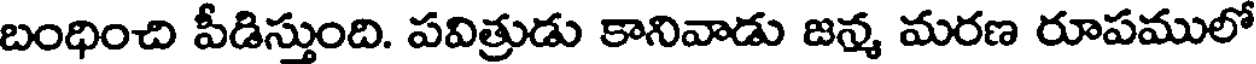
బంధించి పీడిస్తుంది. పవిత్రుడు కానివాడు జన్మ మరణ రూపములో